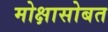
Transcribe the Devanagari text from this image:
मोक्षासोबत